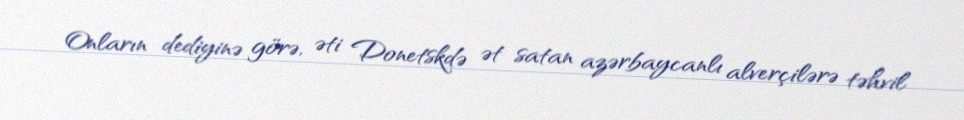
Onların dediyinə görə, əti Donetskdə ət satan azərbaycanlı alverçilərə təhvil